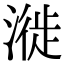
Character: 漇